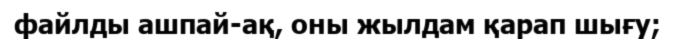
файлды ашпай-ақ, оны жылдам қарап шығу;